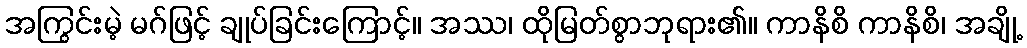
အကြွင်းမဲ့ မဂ်ဖြင့် ချုပ်ခြင်းကြောင့်။ အဿ၊ ထိုမြတ်စွာဘုရား၏။ ကာနိစိ ကာနိစိ၊ အချို့